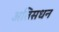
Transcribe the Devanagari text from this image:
अतिसधन